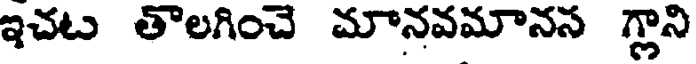
ఇచట తొలగించె మానవమానస గ్లాని